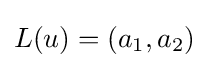
L(u)=(a_{1},a_{2})